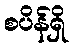
စပိန်ရှိ